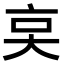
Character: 𠅌